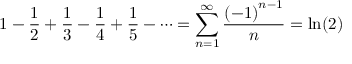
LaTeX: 1 - { \frac { 1 } { 2 } } + { \frac { 1 } { 3 } } - { \frac { 1 } { 4 } } + { \frac { 1 } { 5 } } - \cdots = \sum _ { n = 1 } ^ { \infty } { \frac { \left( - 1 \right) ^ { n - 1 } } { n } } = \ln ( 2 ) \quad